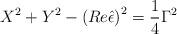
LaTeX: \begin{align*}X^2+Y^2-\left( Re\hat \epsilon \right) ^2=\frac 14\Gamma^2\end{align*}